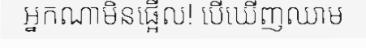
អ្នកណាមិនផ្អើល! បើឃើញឈាម